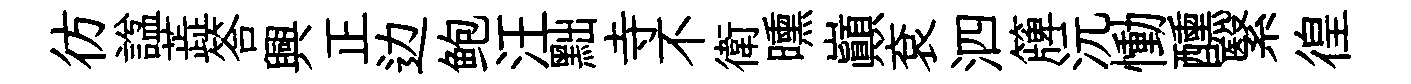
彷諡蕋答興正边鲍汪黜寺不衛曛巔袞泗簰沅慟醺繄徨